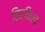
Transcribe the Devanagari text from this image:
सिरकिला